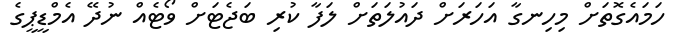
ހަމައެގޮތަށް މިހިނގާ އަހަރަށް ދައުލަތަށް ލަފާ ކުރި ބަޖެޓަށް ވޯޓެއް ނުދޭ އެމްޑީޕީގެ